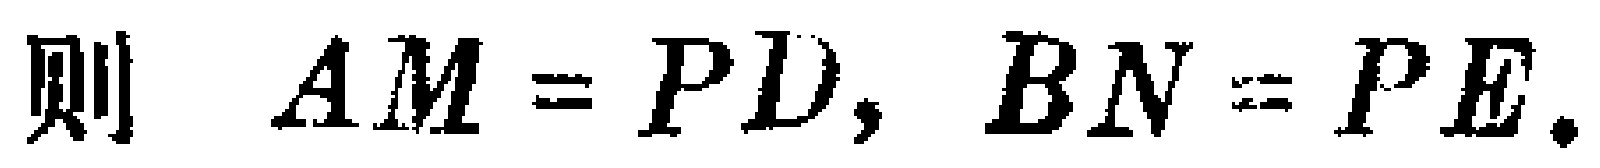
则 \(AM = PD, BN = PE.\)